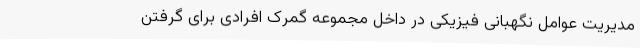
مدیریت عوامل نگهبانی فیزیکی در داخل مجموعه گمرک افرادی برای گرفتن